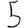
Digit: 5